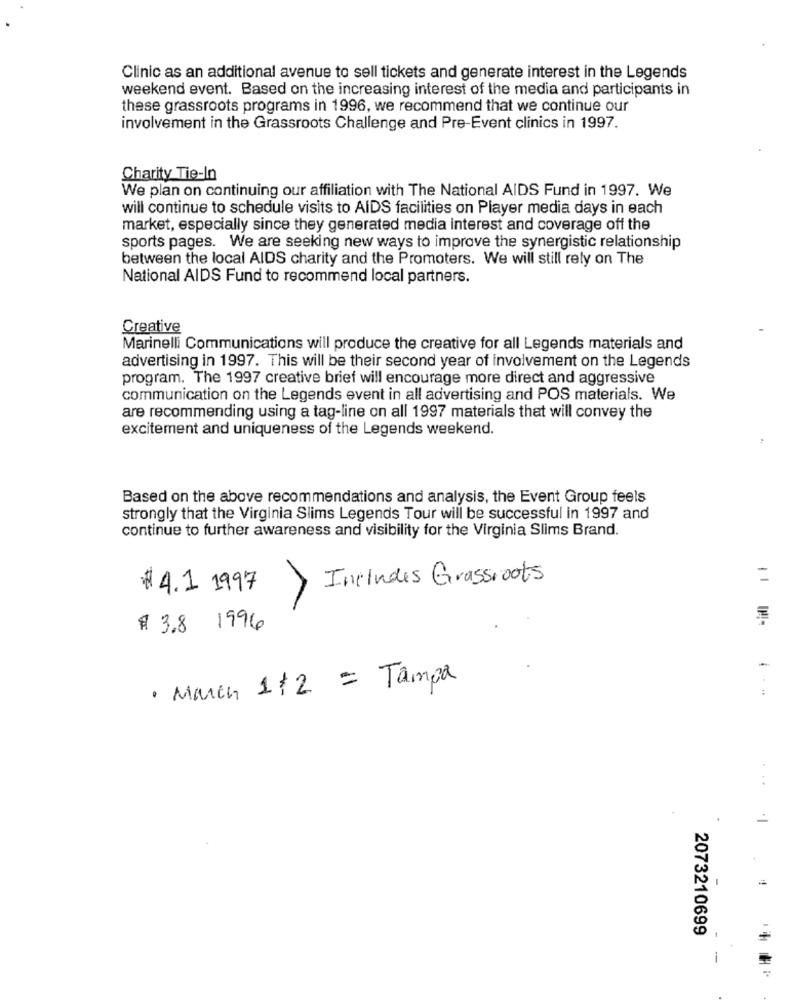
Clinic as an additional avenue to sell tickets and generate interest in the Legends
weekend event. Based on the increasing interest of the media and participants in
these grassroots programs in 1996, we recommend that we continue our
involvement in the Grassroots Challenge and Pre-Event clinics in 1997.
Charity Tie-In
We plan on continuing our affiliation with The National AIDS Fund in 1997. We
will continue to schedule visits to AIDS facilities on Player media days in each
market, especially since they generated media interest and coverage off the
sports pages. We are seeking new ways to improve the synergistic relationship
between the local AIDS charity and the Promoters. We will still rely on The
National AIDS Fund to recommend local partners.
Creative
Marinelli Communications will produce the creative for all Legends materials and
advertising in 1997. This will be their second year of involvement on the Legends
program. The 1997 creative brief will encourage more direct and aggressive
communication on the Legends event in all advertising and POS materials. We
are recommending using a tag-line on all 1997 materials that will convey the
excitement and uniqueness of the Legends weekend.
Based on the above recommendations and analysis, the Event Group feels
strongly that the Virginia Slims Legends Tour will be successful in 1997 and
continue to further awareness and visibility for the Virginia Slims Brand.
Includes Grassroots
=
1 4.1.1997
# 3.8 1996
-
· March 1+2 = Tampa
:
...
2073210699